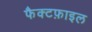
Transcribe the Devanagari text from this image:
फैक्टफ़ाइल